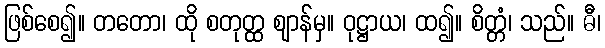
ဖြစ်စေ၍။ တတော၊ ထို စတုတ္ထ ဈာန်မှ။ ဝုဋ္ဌာယ၊ ထ၍။ စိတ္တံ၊ သည်။ ဓီ၊